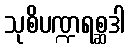
သုစိပဏ္ဍရစ္ဆဒါ